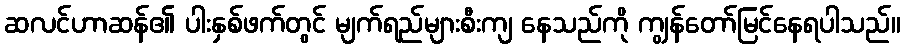
ဆလင်ဟာဆန်၏ ပါးနှစ်ဖက်တွင် မျက်ရည်များစီးကျ နေသည်ကို ကျွန်တော်မြင်နေရပါသည်။